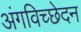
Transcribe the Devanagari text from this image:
अंगविच्छेदन